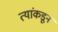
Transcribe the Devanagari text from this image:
त्यांकडून